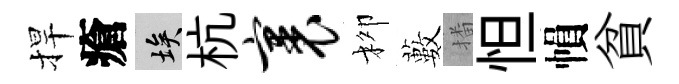
捍瘡埃杭裹柳藪播怛𢄙貧